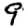
Digit: 9